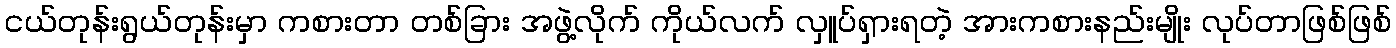
ငယ်တုန်းရွယ်တုန်းမှာ ကစားတာ တစ်ခြား အဖွဲ့လိုက် ကိုယ်လက် လှူပ်ရှားရတဲ့ အားကစားနည်းမျိုး လုပ်တာဖြစ်ဖြစ်